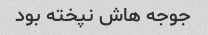
جوجه هاش نپخته بود